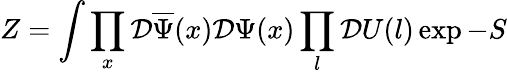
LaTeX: Z=\int\prod_{x}\mathcal{D}\overline{{{{\Psi}}}}(x)\mathcal{D}\Psi(x)\prod_{l}\mathcal{D}U(l)\exp-S